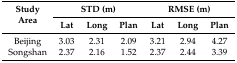
<table><thead><tr><td rowspan="2"><b>StudyArea</b></td><td colspan="3"><b>STD (m)</b></td><td colspan="3"><b>RMSE (m)</b></td></tr><tr><td><b>Lat</b></td><td><b>Long</b></td><td><b>Plan</b></td><td><b>Lat</b></td><td><b>Long</b></td><td><b>Plan</b></td></tr></thead><tbody><tr><td>Beijing</td><td>3.03</td><td>2.31</td><td>2.09</td><td>3.21</td><td>2.94</td><td>4.27</td></tr><tr><td>Songshan</td><td>2.37</td><td>2.16</td><td>1.52</td><td>2.37</td><td>2.44</td><td>3.39</td></tr></tbody></table>